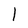
Character: l